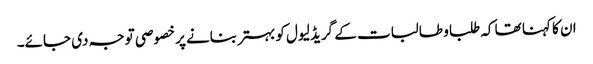
ان کا کہنا تھا کہ طلبا و طالبات کے گریڈ لیول کو بہتر بنانے پر خصوصی توجہ دی جائے۔